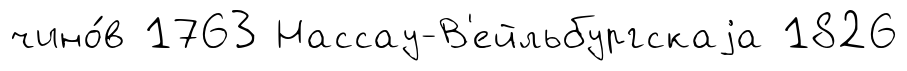
чино́в 1763 Нассау-В'ейльбургскаjа 1826